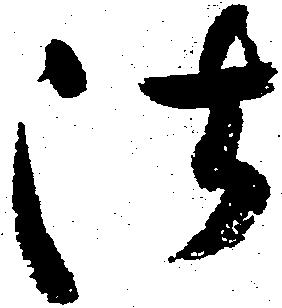
法